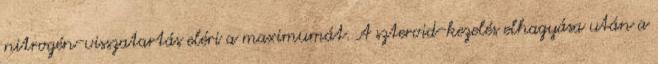
nitrogén-visszatartás eléri a maximumát. A szteroid-kezelés elhagyása után a